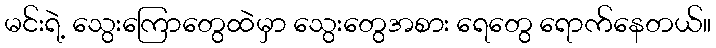
မင်းရဲ့ သွေးကြောတွေထဲမှာ သွေးတွေအစား ရေတွေ ရောက်နေတယ်။